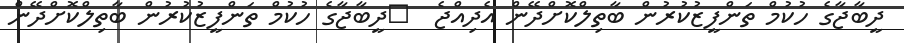
ދީބާޖާގެ ހުކުމް ތަންފީޒުކުުރުން ބާތިލްކޮށްދޭން އެދިއްޖެ  	ދީބާޖާގެ ހުކުމް ތަންފީޒުކުުރުން ބާތިލްކޮށްދޭން